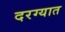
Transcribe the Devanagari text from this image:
दरग्यात